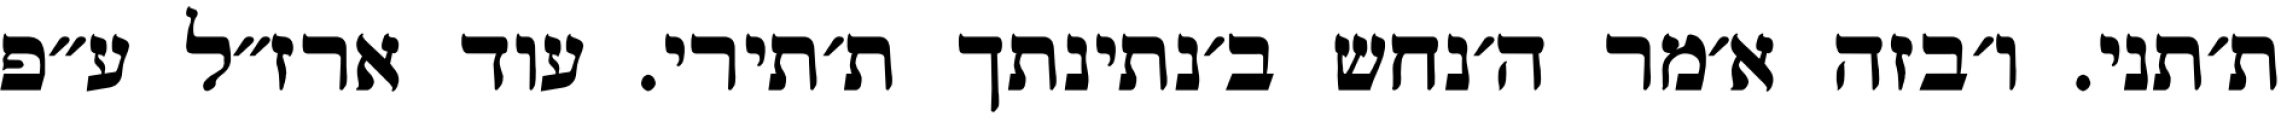
ת׳תני. ו׳בזה א׳מר ה׳נחש ב׳נתינתך ת׳תירי. עוד ארז״ל ע״פ